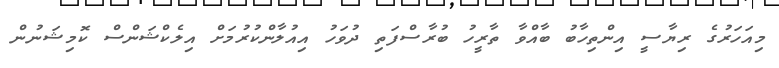
މިއަހަރުގެ ރިޔާސީ އިންތިހާބު ބާއްވާ ތާރީހު ބުރާސްފަތި ދުވަހު އިއުލާންކުރުމަށް އިލެކްޝަންސް ކޮމިޝަނުން